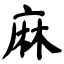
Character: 麻